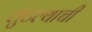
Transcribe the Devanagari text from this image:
लुटल्याची